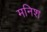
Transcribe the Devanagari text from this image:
मनिश